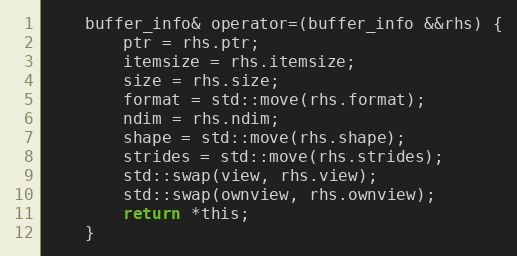
Language: C
    buffer_info& operator=(buffer_info &&rhs) {
        ptr = rhs.ptr;
        itemsize = rhs.itemsize;
        size = rhs.size;
        format = std::move(rhs.format);
        ndim = rhs.ndim;
        shape = std::move(rhs.shape);
        strides = std::move(rhs.strides);
        std::swap(view, rhs.view);
        std::swap(ownview, rhs.ownview);
        return *this;
    }